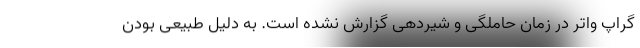
گراپ واتر در زمان حاملگی و شیردهی گزارش نشده است. به دلیل طبیعی بودن